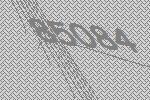
85084